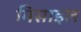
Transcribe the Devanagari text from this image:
मिसाइल